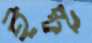
ইষ্ট